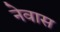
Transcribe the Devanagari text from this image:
नेवास